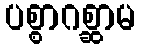
ပစ္စာဂစ္ဆာမ